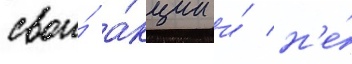
свои́ а́кции и́ н'е́